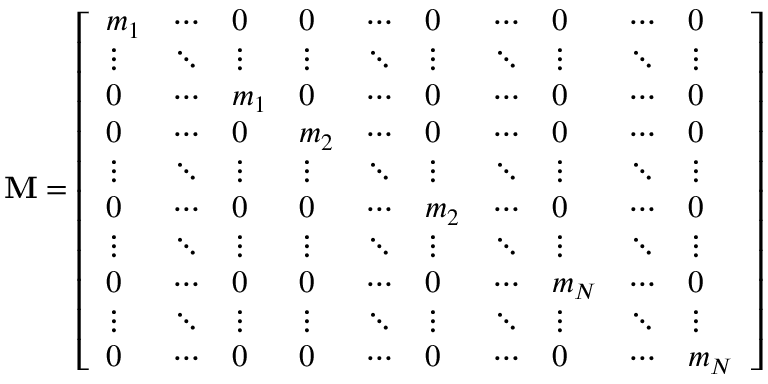
\mathbf { M } = { \left[ \begin{array} { l l l l l l l l l l } { m _ { 1 } } & { \cdots } & { 0 } & { 0 } & { \cdots } & { 0 } & { \cdots } & { 0 } & { \cdots } & { 0 } \\ { \vdots } & { \ddots } & { \vdots } & { \vdots } & { \ddots } & { \vdots } & { \ddots } & { \vdots } & { \ddots } & { \vdots } \\ { 0 } & { \cdots } & { m _ { 1 } } & { 0 } & { \cdots } & { 0 } & { \cdots } & { 0 } & { \cdots } & { 0 } \\ { 0 } & { \cdots } & { 0 } & { m _ { 2 } } & { \cdots } & { 0 } & { \cdots } & { 0 } & { \cdots } & { 0 } \\ { \vdots } & { \ddots } & { \vdots } & { \vdots } & { \ddots } & { \vdots } & { \ddots } & { \vdots } & { \ddots } & { \vdots } \\ { 0 } & { \cdots } & { 0 } & { 0 } & { \cdots } & { m _ { 2 } } & { \cdots } & { 0 } & { \cdots } & { 0 } \\ { \vdots } & { \ddots } & { \vdots } & { \vdots } & { \ddots } & { \vdots } & { \ddots } & { \vdots } & { \ddots } & { \vdots } \\ { 0 } & { \cdots } & { 0 } & { 0 } & { \cdots } & { 0 } & { \cdots } & { m _ { N } } & { \cdots } & { 0 } \\ { \vdots } & { \ddots } & { \vdots } & { \vdots } & { \ddots } & { \vdots } & { \ddots } & { \vdots } & { \ddots } & { \vdots } \\ { 0 } & { \cdots } & { 0 } & { 0 } & { \cdots } & { 0 } & { \cdots } & { 0 } & { \cdots } & { m _ { N } } \end{array} \right] }